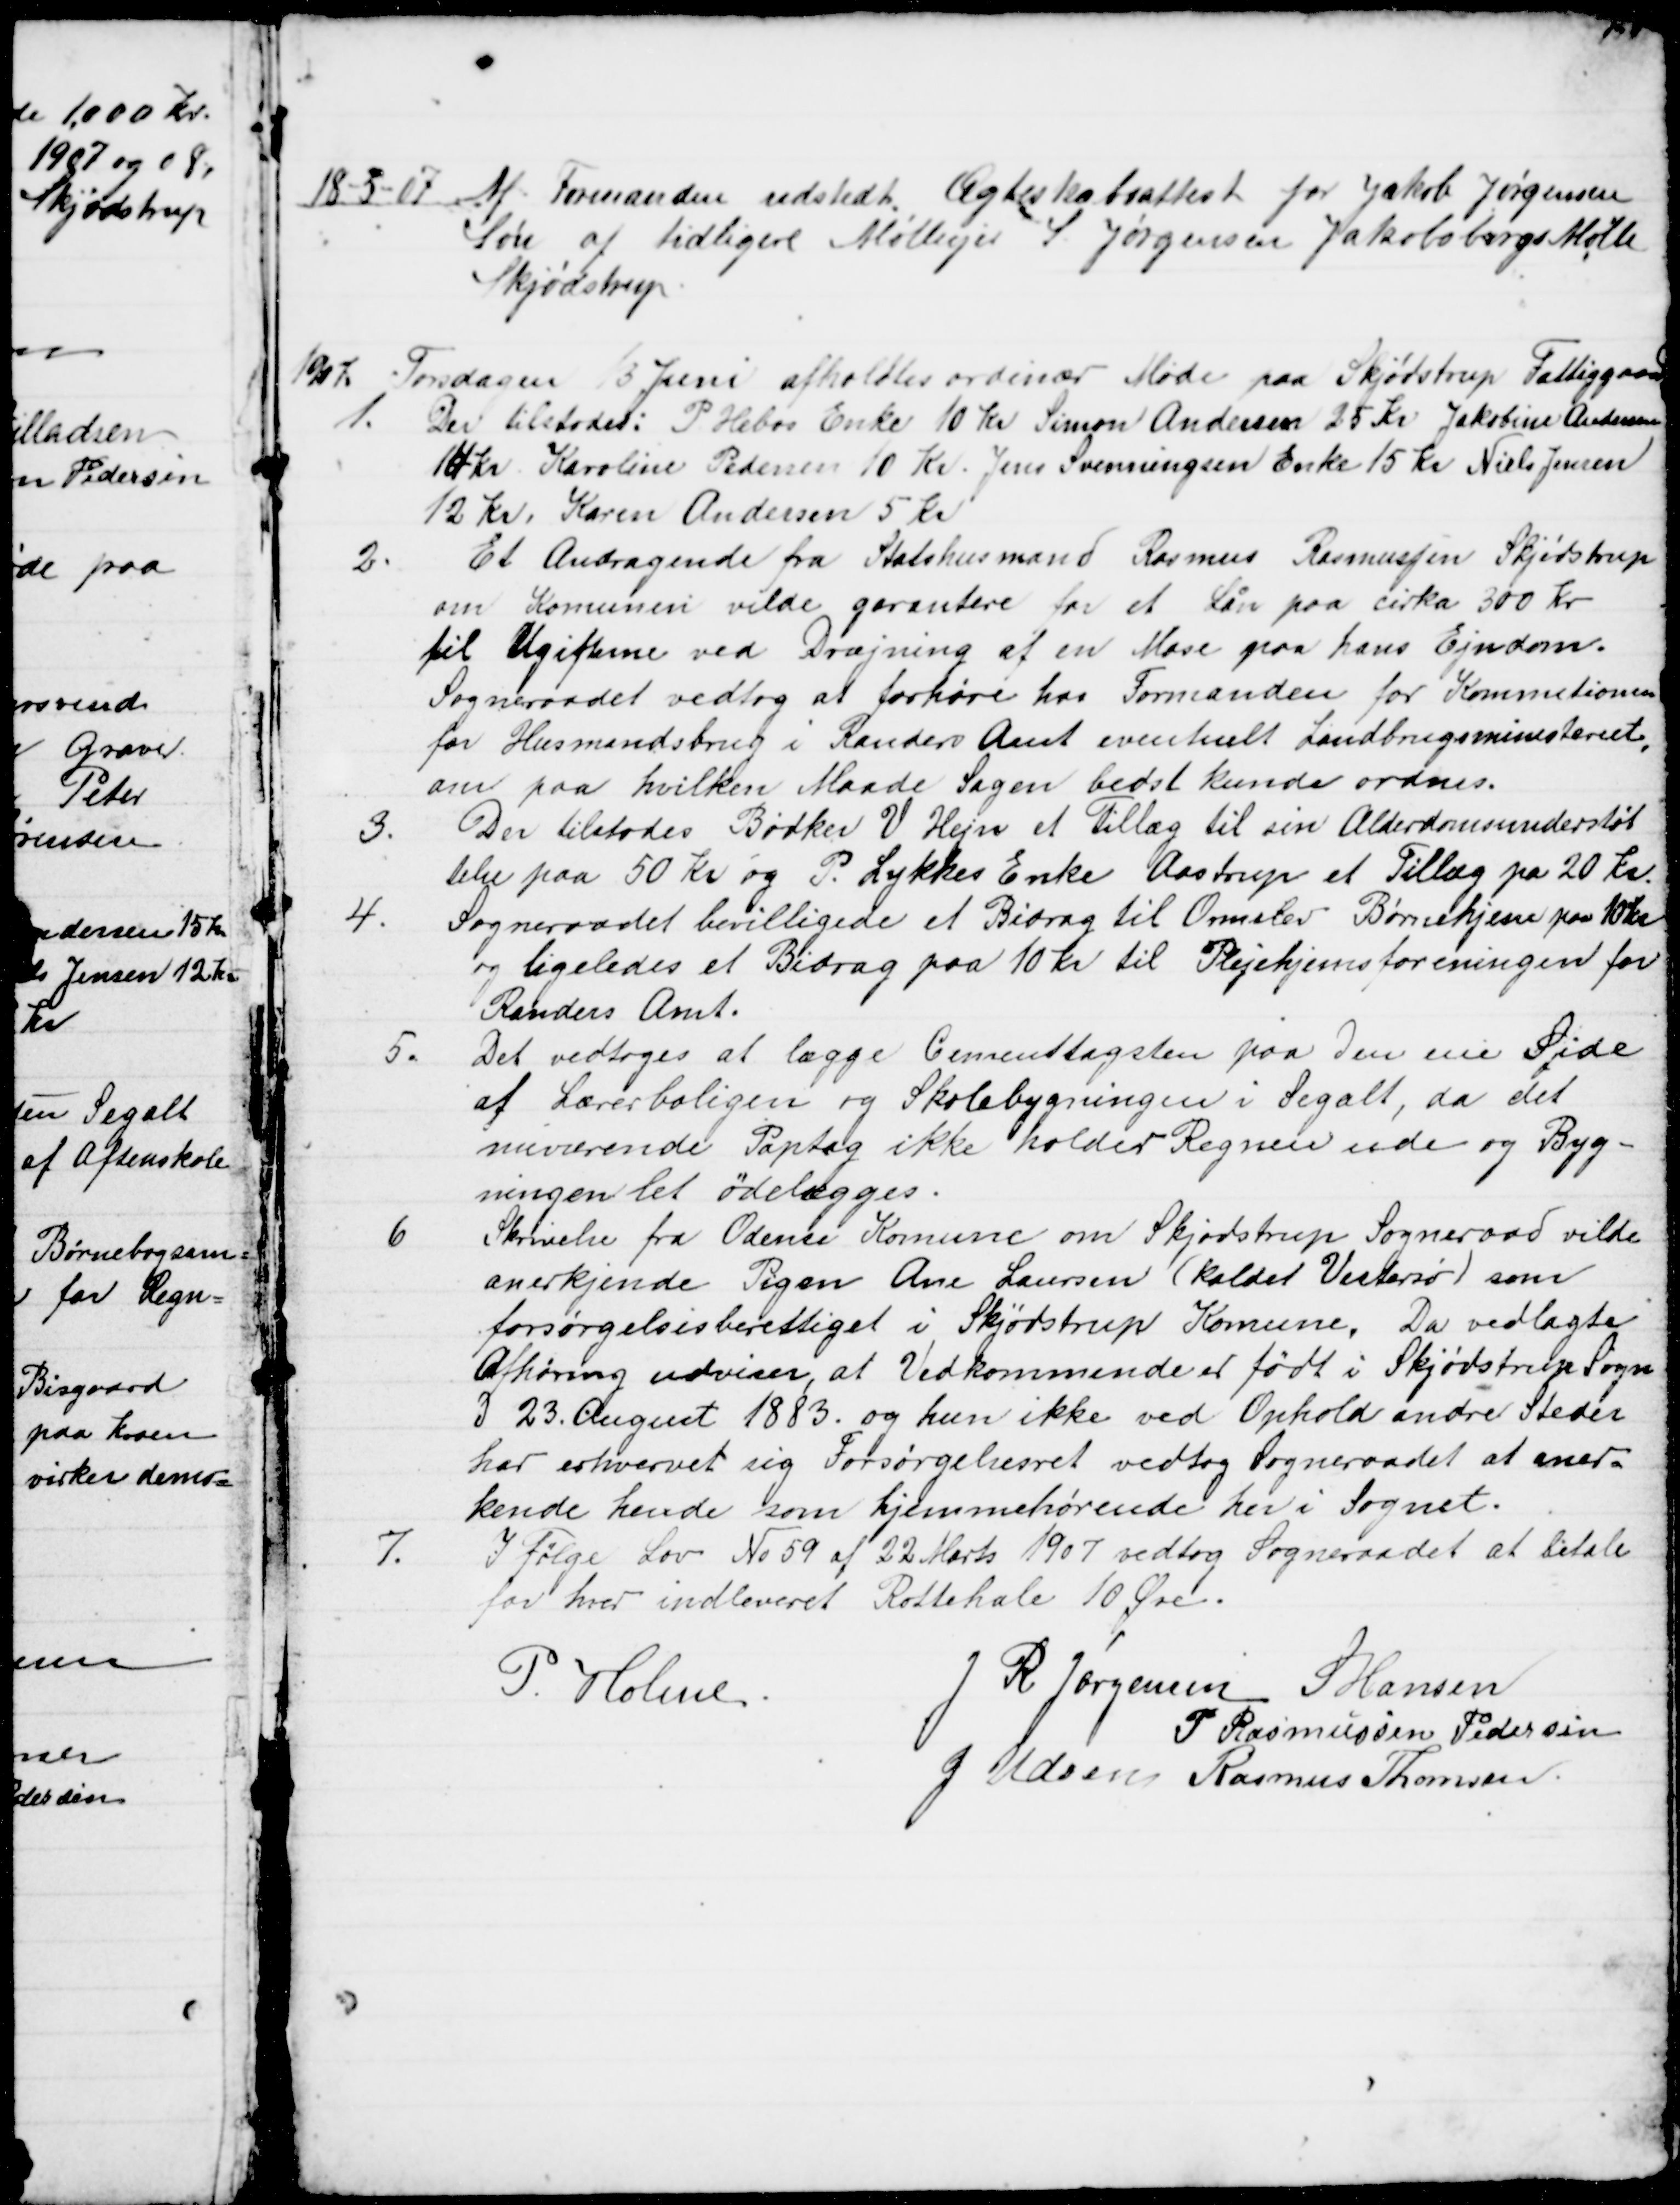
Transskription:
18-5-07
Af Formanden udstedt Ægteskabsattest for Jakob Jørgensen
Søn at tidligere Mølleejer S Jørgensen Jakobsbergs Mølle
Skjødstrup
1907.
Torsdagen 13 Juni afholdtes ordinær Møde paa Skjødstrup Fattiggaard
1. 
Der tilstodes: P. Hebos Enke 10 Kr Simon Andersen 25 Kr. Jakobine Andersen
14 kr Karoline Pedersen 10 Kr. Jens Svenningsen Enke 15 Kr Niels Jensen
12 Kr. Karen Andersen 5 Kr
2.
Et Andragende fra Statshusmand Rasmus Rasmussen Skjødstrup
om Komunen vilde garantere for et Lån paa cirka 300 Kr
til Ugifterne ved Dræjning af en Mose paa hans Ejendom.
Sogneraadet vedtog at forhøre hos Formanden for Kommetionen 
for Husmandsbrug i Randers Amt eventuelt Landbrugsministeriet
om paa hvilken Maade Sagen bedst kunde ordnes.
3.
Der tilstodes Bødker V Hejn et Tillæg til sin Alderdomsunderstøt
telse paa 50 Kr og P. Lykkes Enke Aastrup et Tillæg på 20 Kr.
4.
Sogneraadet bevilligede et Bidrag til Ormslev Børnehjem paa 10 Kr
og ligeledes et Bidrag paa 10 Kr til Plejehjemsforeningen for
Randers Amt.
5.
Det vedtoges at lægge Cementtagsten paa den ene Side
af Lærerboligen og Skolebygningen i Segalt, da det
nuværende Paptag ikke holder Regnen ude og Byg-
ningen let ødelægges.
6
Skrivelse fra Odense Komune om Skjødstrup Sogneraad vilde
anerkjende Pigen Ane Laursen (kaldet Vestersø) som
forsørgelsesberettiget i Skjødstrup Komune. Da vedlagte
Afhøring udviser, at Vedkommende er født i Skjødstrup Sogn
d 23. August 1883. og hun ikke ved Ophold andre Steder 
har erhvervet sig Forsørgelsesret vedtog Sogneraadet at aner=
kende hende som hjemmehørende heri Sognet.
7.
I Følge Lov № 59 af 22 Marts 1907 vedtog Sogneraadet at betale
for hver indleveret Rottehale 10 Øre.
P. Holme
J. R. Jørgensen S Hansen
P Rasmussen Pedersen
J Udsen Rasmus Thomsen